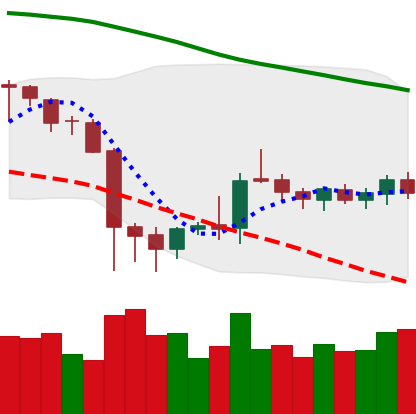
Ticker: DOGE-USD
Chart end date: 2019-10-08
Forward return: 4.305%
Label: up_3_5